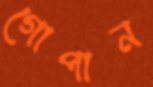
গোপান